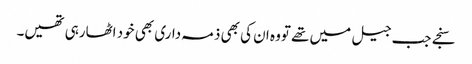
سنجے جب جیل میں تھے تووہ ان کی بھی ذمہ داری بھی خود اٹھارہی تھیں۔